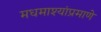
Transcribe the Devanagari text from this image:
मधमाश्यांप्रमाणे